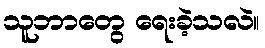
သူဘာတွေ ရေးခဲ့သလဲ။